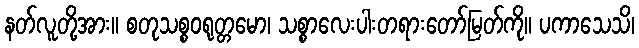
နတ်လူတို့အား။ စတုသစ္စဝရုတ္တမော၊ သစ္စာလေးပါးတရားတော်မြတ်ကို။ ပကာသေသိ၊